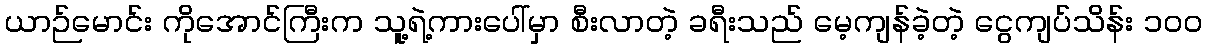
ယာဉ်မောင်း ကိုအောင်ကြီးက သူ့ရဲ့ကားပေါ်မှာ စီးလာတဲ့ ခရီးသည် မေ့ကျန်ခဲ့တဲ့ ငွေကျပ်သိန်း ၁၀၀